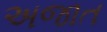
અજાત